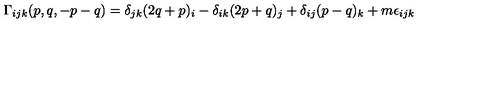
\Gamma _ { i j k } ( p , q , - p - q ) = \delta _ { j k } ( 2 q + p ) _ { i } - \delta _ { i k } ( 2 p + q ) _ { j } + \delta _ { i j } ( p - q ) _ { k } + m \epsilon _ { i j k }